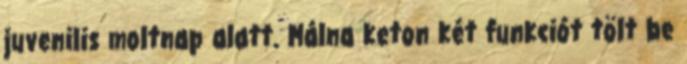
juvenilis moltnap alatt. Málna keton két funkciót tölt be